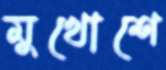
মুখোশে